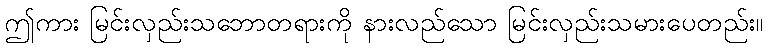
ဤကား မြင်းလှည်းသဘောတရားကို နားလည်သော မြင်းလှည်းသမားပေတည်း။